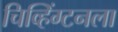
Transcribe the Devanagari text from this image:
चिव्हिंग्टनला